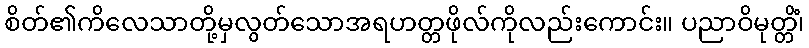
စိတ်၏ကိလေသာတို့မှလွတ်သောအရဟတ္တဖိုလ်ကိုလည်းကောင်း။ ပညာဝိမုတ္တိံ၊